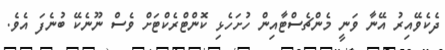
ދެކެވޭއިރު އޭނާ ވަނީ މެންޗެސްޓާއިން ހުށަހެޅި ކޮންޓްރެކްޓަށް ވެސް ނޫނެކޭ ބުނެފަ އެވެ.